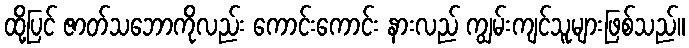
ထို့ပြင် ဇာတ်သဘောကိုလည်း ကောင်းကောင်း နားလည် ကျွမ်းကျင်သူများဖြစ်သည်။